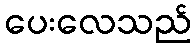
ပေးလေသည်